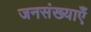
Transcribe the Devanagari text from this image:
जनसंख्याएँ